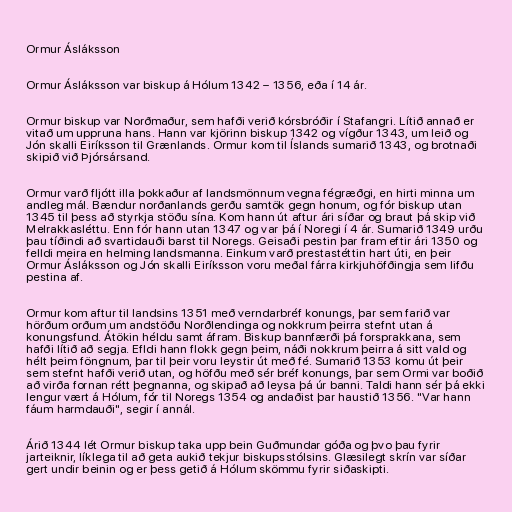
Ormur Ásláksson

Ormur Ásláksson var biskup á Hólum 1342 – 1356, eða í 14 ár.

Ormur biskup var Norðmaður, sem hafði verið kórsbróðir í Stafangri. Lítið annað er
vitað um uppruna hans. Hann var kjörinn biskup 1342 og vígður 1343, um leið og
Jón skalli Eiríksson til Grænlands. Ormur kom til Íslands sumarið 1343, og brotnaði
skipið við Þjórsársand.

Ormur varð fljótt illa þokkaður af landsmönnum vegna fégræðgi, en hirti minna um
andleg mál. Bændur norðanlands gerðu samtök gegn honum, og fór biskup utan
1345 til þess að styrkja stöðu sína. Kom hann út aftur ári síðar og braut þá skip við
Melrakkasléttu. Enn fór hann utan 1347 og var þá í Noregi í 4 ár. Sumarið 1349 urðu
þau tíðindi að svartidauði barst til Noregs. Geisaði pestin þar fram eftir ári 1350 og
felldi meira en helming landsmanna. Einkum varð prestastéttin hart úti, en þeir
Ormur Ásláksson og Jón skalli Eiríksson voru meðal fárra kirkjuhöfðingja sem lifðu
pestina af.

Ormur kom aftur til landsins 1351 með verndarbréf konungs, þar sem farið var
hörðum orðum um andstöðu Norðlendinga og nokkrum þeirra stefnt utan á
konungsfund. Átökin héldu samt áfram. Biskup bannfærði þá forsprakkana, sem
hafði lítið að segja. Efldi hann flokk gegn þeim, náði nokkrum þeirra á sitt vald og
hélt þeim föngnum, þar til þeir voru leystir út með fé. Sumarið 1353 komu út þeir
sem stefnt hafði verið utan, og höfðu með sér bréf konungs, þar sem Ormi var boðið
að virða fornan rétt þegnanna, og skipað að leysa þá úr banni. Taldi hann sér þá ekki
lengur vært á Hólum, fór til Noregs 1354 og andaðist þar haustið 1356. "Var hann
fáum harmdauði", segir í annál.

Árið 1344 lét Ormur biskup taka upp bein Guðmundar góða og þvo þau fyrir
jarteiknir, líklega til að geta aukið tekjur biskupsstólsins. Glæsilegt skrín var síðar
gert undir beinin og er þess getið á Hólum skömmu fyrir siðaskipti.